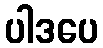
ပါဒပေ